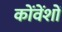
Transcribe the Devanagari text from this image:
कोंवेंशों